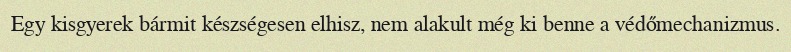
Egy kisgyerek bármit készségesen elhisz, nem alakult még ki benne a védőmechanizmus.